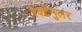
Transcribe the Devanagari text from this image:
रेक्टेंगुलर